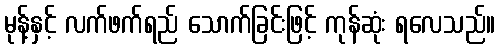
မုန့်နှင့် လက်ဖက်ရည် သောက်ခြင်းဖြင့် ကုန်ဆုံး ရလေသည်။